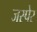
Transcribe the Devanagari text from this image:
जस्पेर